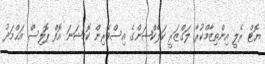
ޔޮޓް ރެލީ އިންތިޒާމްކުރާ ލަގްޒަރީ ކަލެކްޝަންގެ އިސްވެރިން ކޮމިޝަނަ އޮފް ޕޮލިސް އަޙްމަދު